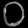
Digit: ၀